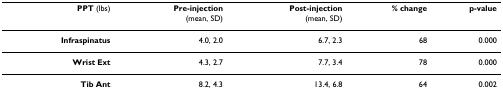
| PPT (lbs) | Pre-injection(mean, SD) | Post-injection(mean, SD) | % change | p-value |
 | --- | --- | --- | --- | --- |
 | Infraspinatus | 4.0, 2.0 | 6.7, 2.3 | 68 | 0.000 |
 | Wrist Ext | 4.3, 2.7 | 7.7, 3.4 | 78 | 0.000 |
 | Tib Ant | 8.2, 4.3 | 13.4, 6.8 | 64 | 0.002 |